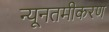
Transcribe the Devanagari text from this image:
न्यूनतमीकरण